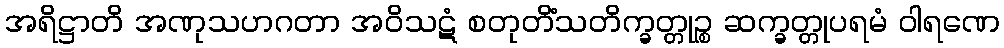
အရိဋ္ဌာတိ အဏုသဟဂတာ အဝိသဋံ စတုတိံသတိက္ခတ္တုဉ္စ ဆက္ခတ္တုပရမံ ဝါရဏေ